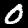
Digit: 0